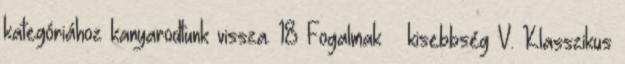
kategóriához kanyarodtunk vissza. 18 Fogalmak – kisebbség V. Klasszikus